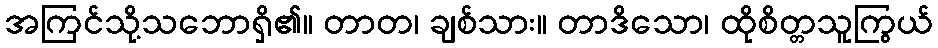
အကြင်သို့သဘောရှိ၏။ တာတ၊ ချစ်သား။ တာဒိသော၊ ထိုစိတ္တသူကြွယ်